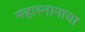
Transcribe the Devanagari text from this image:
महास्नानाचा